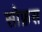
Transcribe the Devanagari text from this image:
सोफ़स